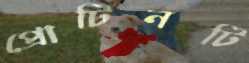
প্রোটিনটি